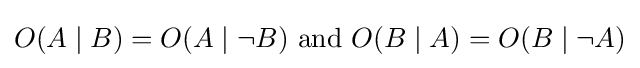
O(A\mid B)=O(A\mid \neg B){\text{ and }}O(B\mid A)=O(B\mid \neg A)